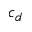
c _ { d }